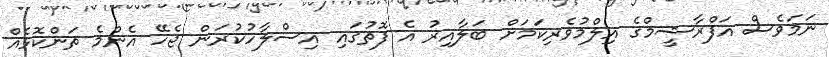
ނަމަވެސް އަފްރާޝީމްގެ އިލްމުވެރިކަމަށް ބަލާއިރު އެ ފޮތުގައި އިސްލާހުކުރަން ޖެހޭ އެންމެ ތަންކޮޅެއް